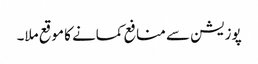
پوزیشن سے منافع کمانے کا موقع ملا۔